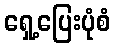
ရှေ့ပြေးပုံစံ